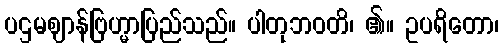
ပဌမဈာန်ဗြဟ္မာပြည်သည်။ ပါတုဘဝတိ၊ ၏။ ဥပရိတော၊